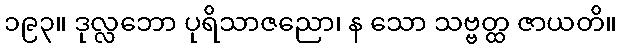
၁၉၃။ ဒုလ္လဘော ပုရိသာဇညော၊ န သော သဗ္ဗတ္ထ ဇာယတိ။